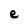
Character: e